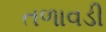
તળાવડી